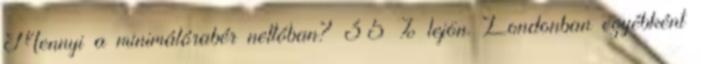
Mennyi a minimálórabér nettóban? 35 % lejön. Londonban egyébként